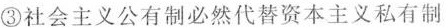
③社会主义公有制必然代替资本主义私有制